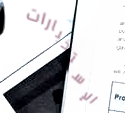
الإستخبارات